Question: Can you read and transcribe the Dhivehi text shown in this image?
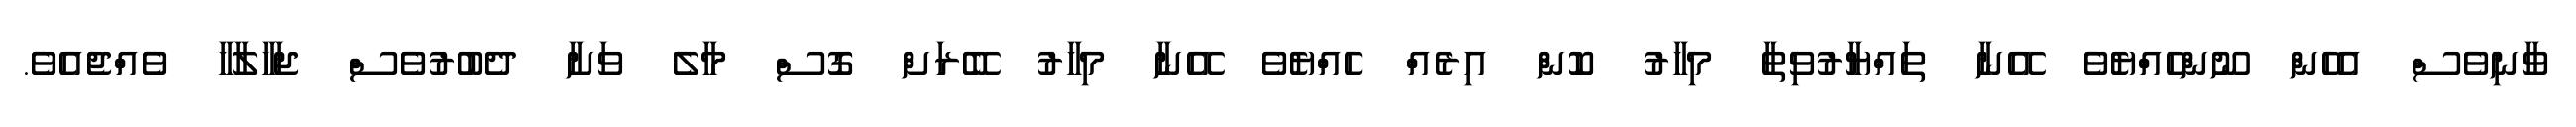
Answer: ވާނިވެސް އެހެން ނޫންހެއްޔެވެ އޭނާ ތައްޔާރުވިތާ މިހާރު ކޮން އިރެއް ހެއްޔެވެ އޭނާ މިހާރު ބޭރަށް ގޮސް މާލެ ވަށާ ދެބުރުވެސް ޖަހާލާހާ ވެއްޖެއެވެ.